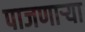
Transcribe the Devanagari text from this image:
पाजणाऱ्या